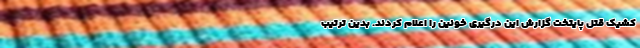
کشیک قتل پایتخت گزارش این درگیری خونین را اعلام کردند. بدین ترتیب